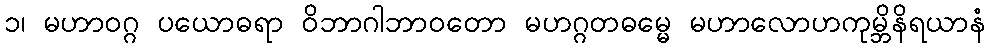
၁၊ မဟာဝဂ္ဂ ပယောဓရာ ဝိဘာဂါဘာဝတော မဟဂ္ဂတဓမ္မေ မဟာလောဟကုမ္ဘိနိရယာနံ